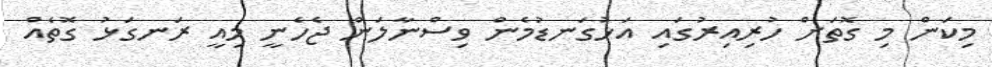
މިކަން މި ގޮތަށް ހުރިއިރުގައި އަޅުގަނޑުމެން ވިސްނާލަން ޖެހެނީ މިއީ ރަނގަޅު ގޮތެއް